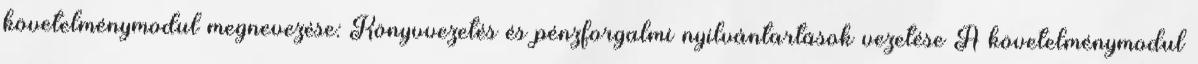
követelménymodul megnevezése: Könyvvezetés és pénzforgalmi nyilvántartások vezetése A követelménymodul